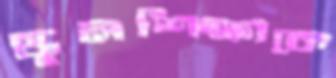
স্কুলশিক্ষাকে